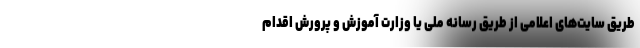
طریق سایت‌های اعلامی از طریق رسانه ملی یا وزارت آموزش و پرورش اقدام